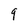
Character: 9